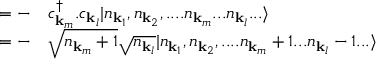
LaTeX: \begin{array} { r l } { = { } - } & { { } c _ { { \mathbf { k } } _ { m } } ^ { \dagger } . c _ { { \mathbf { k } } _ { l } } | n _ { { \mathbf { k } } _ { 1 } } , n _ { { \mathbf { k } } _ { 2 } } , . . . . n _ { { \mathbf { k } } _ { m } } . . . n _ { { \mathbf { k } } _ { l } } . . . \rangle } \\ { = { } - } & { { } { \sqrt { n _ { { \mathbf { k } } _ { m } } + 1 } } { \sqrt { n _ { { \mathbf { k } } _ { l } } } } | n _ { { \mathbf { k } } _ { 1 } } , n _ { { \mathbf { k } } _ { 2 } } , . . . . n _ { { \mathbf { k } } _ { m } } + 1 . . . n _ { { \mathbf { k } } _ { l } } - 1 . . . \rangle } \end{array}